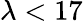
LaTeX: \lambda<17